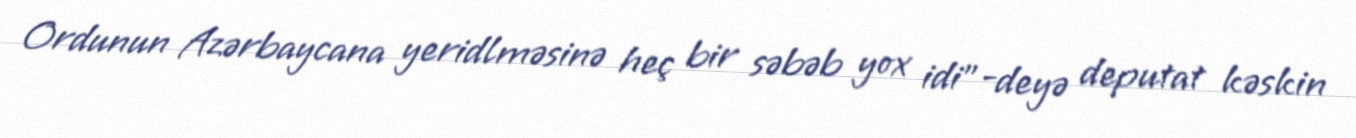
Ordunun Azərbaycana yeridlməsinə heç bir səbəb yox idi”-deyə deputat kəskin